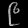
Digit: ၉